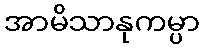
အာမိသာနုကမ္ပာ